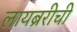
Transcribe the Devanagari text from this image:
लायब्ररीची